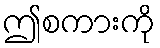
ဤစကားကို